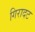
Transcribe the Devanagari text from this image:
गिरादट